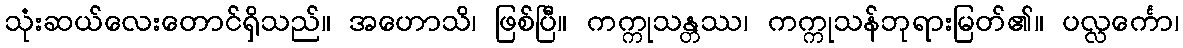
သုံးဆယ်လေးတောင်ရှိသည်။ အဟောသိ၊ ဖြစ်ပြီ။ ကက္ကုသန္တဿ၊ ကက္ကုသန်ဘုရားမြတ်၏။ ပလ္လင်္ကော၊